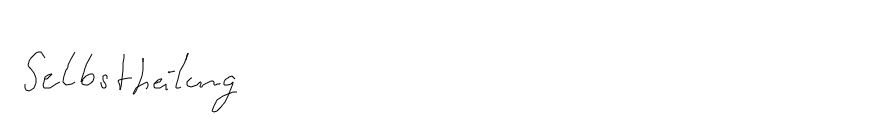
Selbstheilung